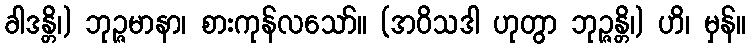
ခါဒန္တိ၊) ဘုဉ္ဇမာနာ၊ စားကုန်လသော်။ (အဝိသဒါ ဟုတွာ ဘုဉ္ဇန္တိ၊) ဟိ၊ မှန်။